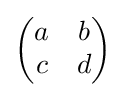
{\begin{pmatrix}a&b\\c&d\end{pmatrix}}